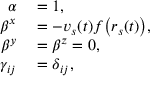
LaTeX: \begin{array} { r l } { \alpha } & { { } = 1 , } \\ { \beta ^ { x } } & { { } = - v _ { s } ( t ) f { \big ( } r _ { s } ( t ) { \big ) } , } \\ { \beta ^ { y } } & { { } = \beta ^ { z } = 0 , } \\ { \gamma _ { i j } } & { { } = \delta _ { i j } , } \end{array}